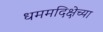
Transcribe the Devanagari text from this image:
धममदिक्षेच्या